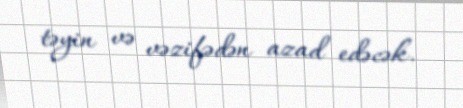
təyin və vəzifədən azad edəcək.